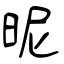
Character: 昵